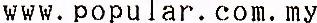
WWW.POPULAR.COM.MY